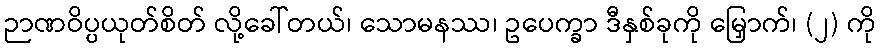
ဉာဏဝိပ္ပယုတ်စိတ် လို့ခေါ်တယ်၊ သောမနဿ၊ ဥပေက္ခာ ဒီနှစ်ခုကို မြှောက်၊ (၂) ကို